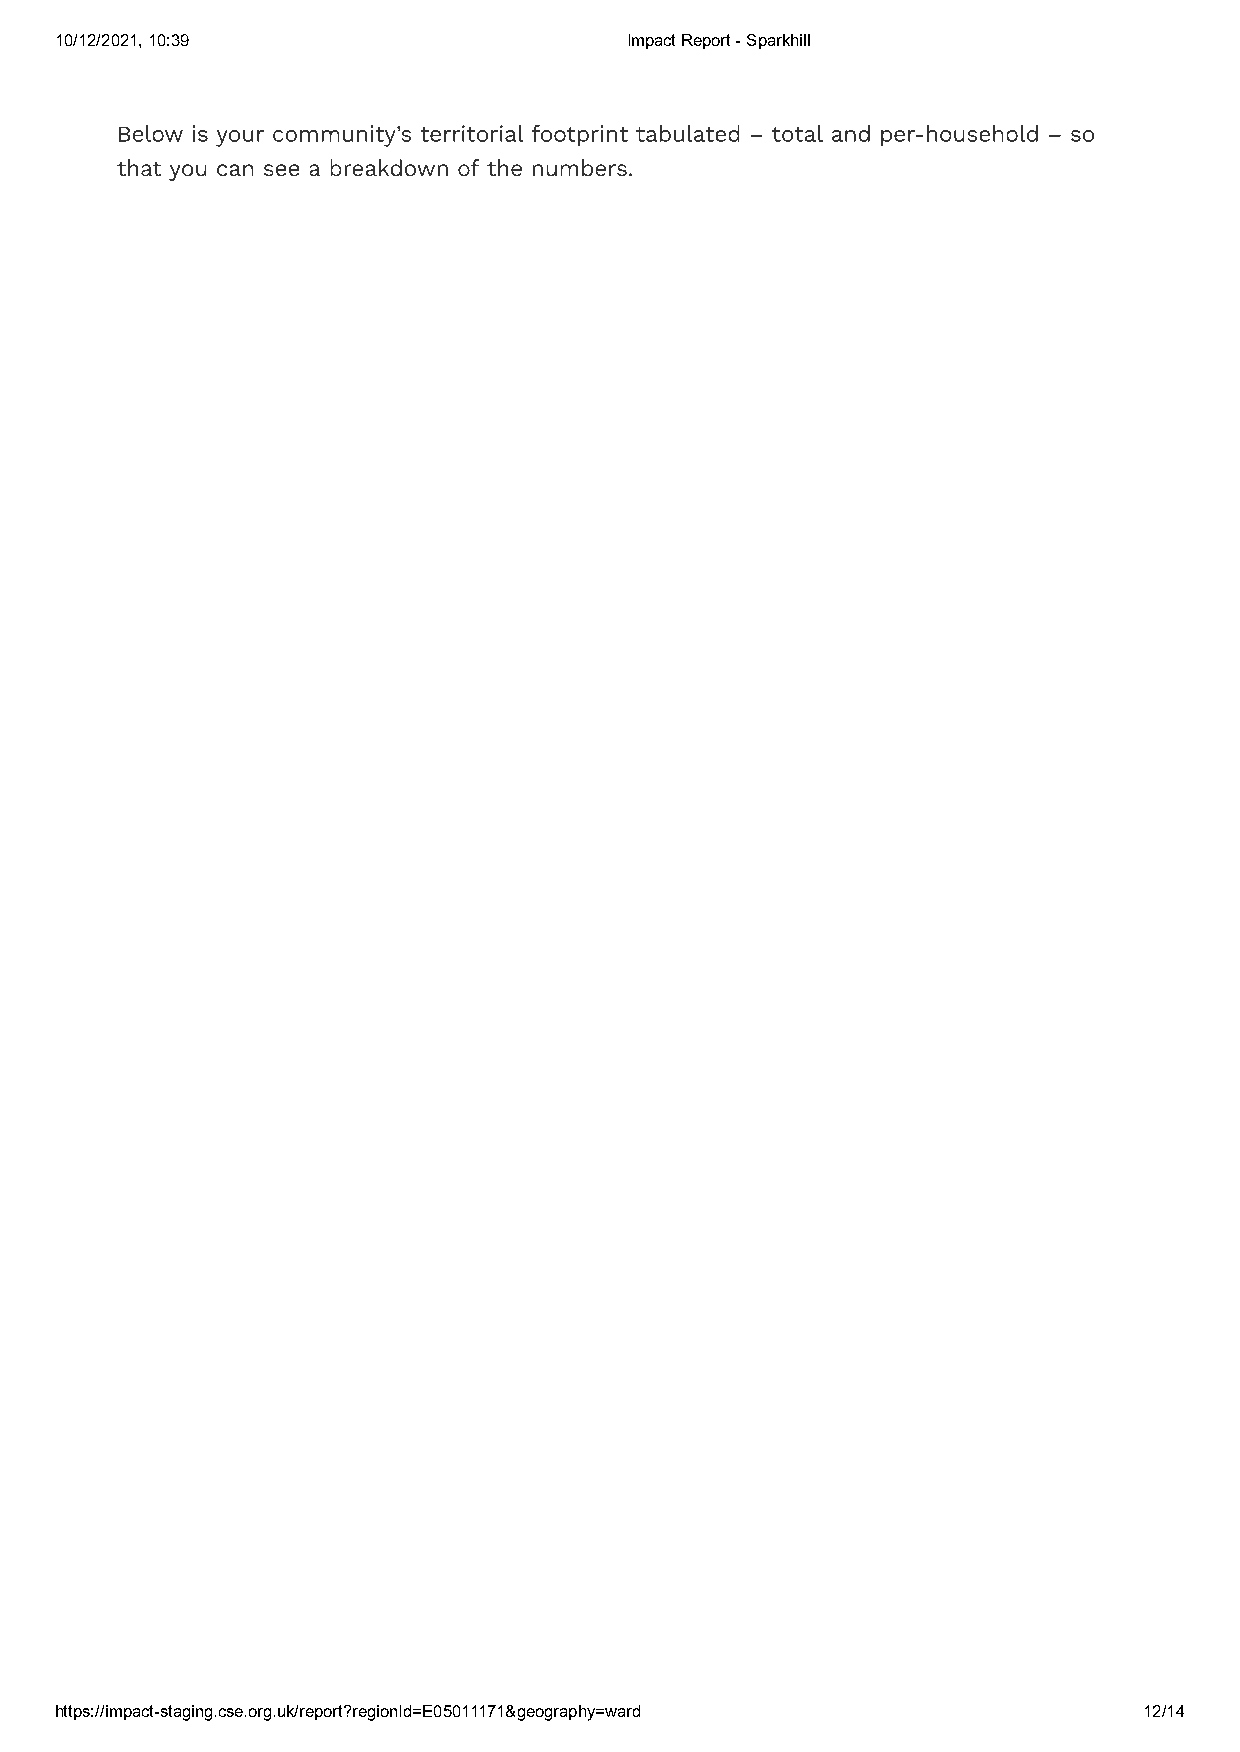
10/12/2021, 10:39                    Impact Report - Sparkhill
 Below is your community’s territorial footprint tabulated – total and per-household – so
 that you can see a breakdown of the numbers.
 https://impact-staging.cse.org.uk/report?regionId=E05011171&geography=ward 12/14